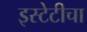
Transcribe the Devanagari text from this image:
इस्टेटीचा